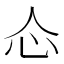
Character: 𰐼